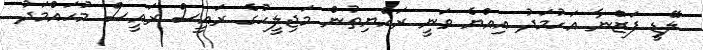
ލޭޑީ ފަޒްނާ އަހުމަދު އިއްޔެ ވަނީ ރައްޔިތުން މަޖިލީހުގެ ރައީސް ރައީސް މުހައްމަދު